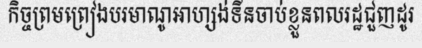
កិច្ចព្រមព្រៀងបរមាណូអាហ្សង់ទីនចាប់ខ្លួនពលរដ្ឋជួញដូរ